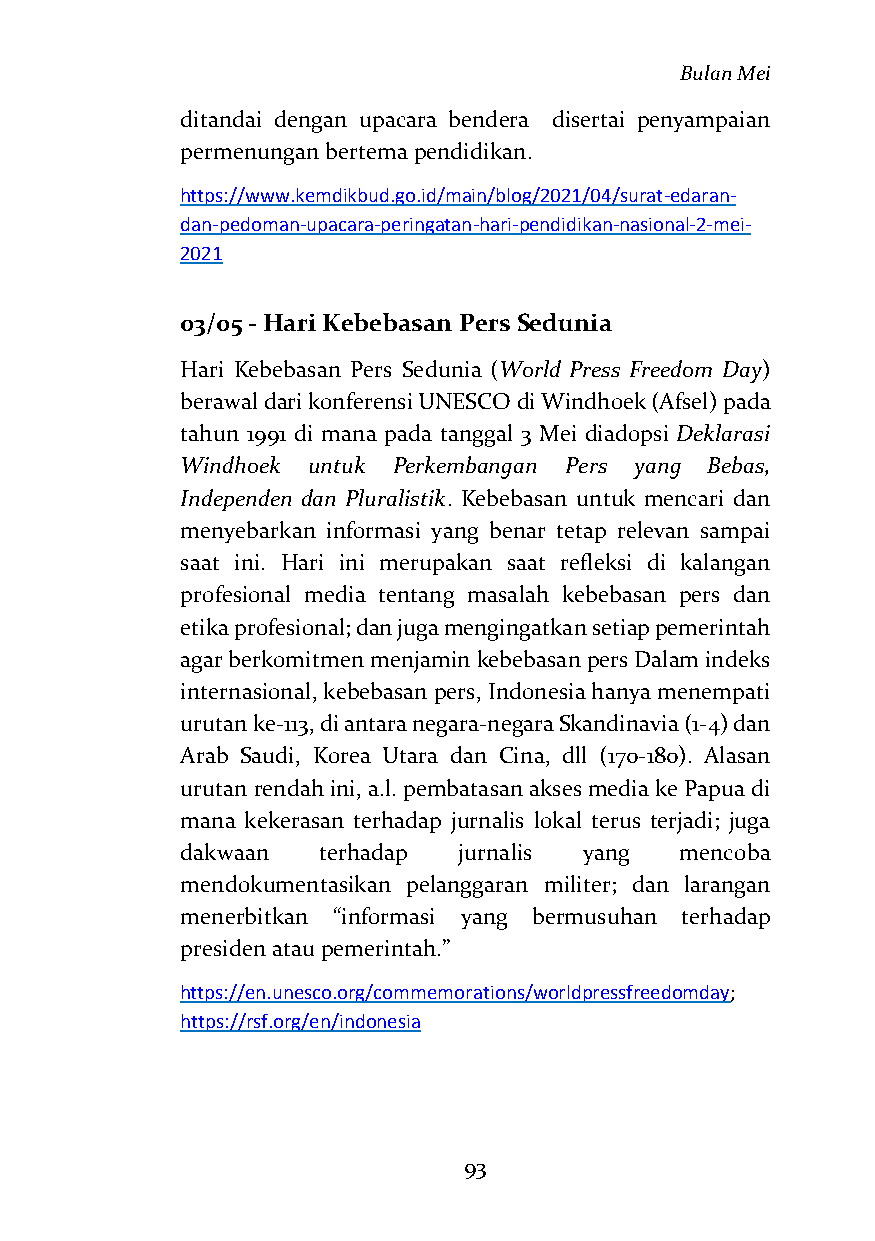
Bulan Mei
 ditandai dengan upacara bendera disertai penyampaian
 permenungan bertema pendidikan.
 https://www.kemdikbud.go.id/main/blog/2021/04/surat-edaran-
 dan-pedoman-upacara-peringatan-hari-pendidikan-nasional-2-mei-
 2021
 03/05 - Hari Kebebasan Pers Sedunia
 Hari Kebebasan Pers Sedunia (World Press Freedom Day)
 berawal dari konferensi UNESCO di Windhoek (Afsel) pada
 tahun 1991 di mana pada tanggal 3 Mei diadopsi Deklarasi
 Windhoek untuk Perkembangan Pers yang Bebas,
 Independen dan Pluralistik. Kebebasan untuk mencari dan
 menyebarkan informasi yang benar tetap relevan sampai
 saat ini. Hari ini merupakan saat refleksi di kalangan
 profesional media tentang masalah kebebasan pers dan
 etika profesional; dan juga mengingatkan setiap pemerintah
 agar berkomitmen menjamin kebebasan pers Dalam indeks
 internasional, kebebasan pers, Indonesia hanya menempati
 urutan ke-113, di antara negara-negara Skandinavia (1-4) dan
 Arab Saudi, Korea Utara dan Cina, dll (170-180). Alasan
 urutan rendah ini, a.l. pembatasan akses media ke Papua di
 mana kekerasan terhadap jurnalis lokal terus terjadi; juga
 dakwaan  terhadap jurnalis yang  mencoba
 mendokumentasikan pelanggaran militer; dan larangan
 menerbitkan “informasi yang bermusuhan terhadap
 presiden atau pemerintah.”
 https://en.unesco.org/commemorations/worldpressfreedomday;
 https://rsf.org/en/indonesia
 93